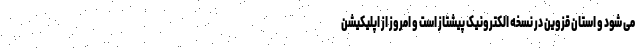
می شود و استان قزوین در نسخه الکترونیک پیشتاز است و امروز از اپلیکیشن